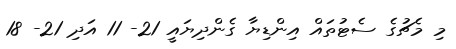
މި މެޗުގެ ސެޓުތައް އިންޑިޔާ ގެންދިޔައީ 21- 11 އަދި 21- 18